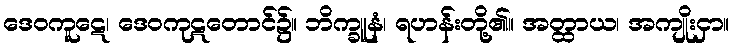
ဒေဝကူဋေ၊ ဒေဝကုဋတောင်၌။ ဘိက္ခူနံ၊ ရဟန်းတို့၏။ အတ္ထာယ၊ အကျိုးငှာ။